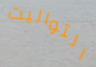
التواليت